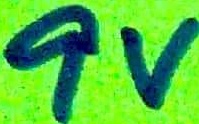
Text: 9V